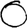
Digit: 0